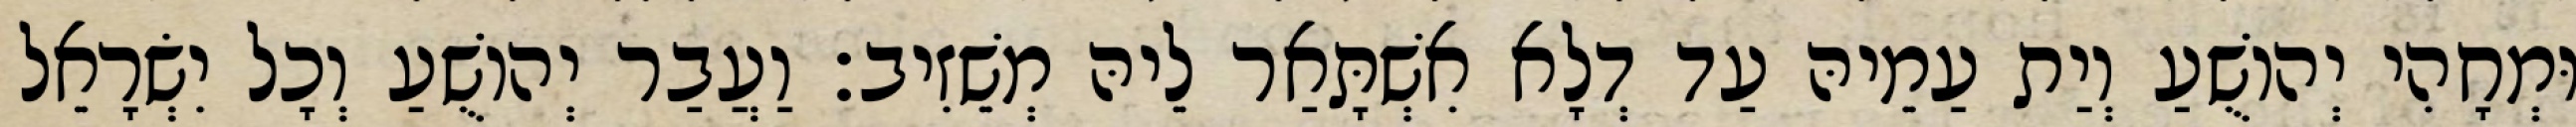
וּמְחָהִי יְהוֹשֻׁעַ וְיַת עַמֵיהּ עַד דְלָא אִשְׁתָּאַר לֵיהּ מְשֵׁזִיב׃ וַעֲבַר יְהוֹשֻׁעַ וְכָל יִשְׂרָאֵל